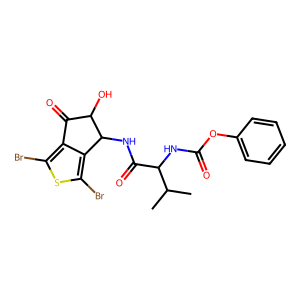
SMILES: CC(C)C(NC(=O)Oc1ccccc1)C(=O)NC1c2c(Br)sc(Br)c2C(=O)C1O
Inhibits HIV replication: No